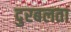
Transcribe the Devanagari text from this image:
दुरबलता